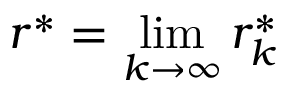
r ^ { \ast } = \operatorname* { l i m } _ { k \to \infty } r _ { k } ^ { \ast }